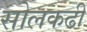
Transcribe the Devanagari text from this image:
सोलकढी